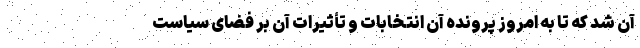
آن شد که تا به امروز پرونده آن انتخابات و تأثیرات آن بر فضای سیاست